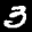
Label: 3